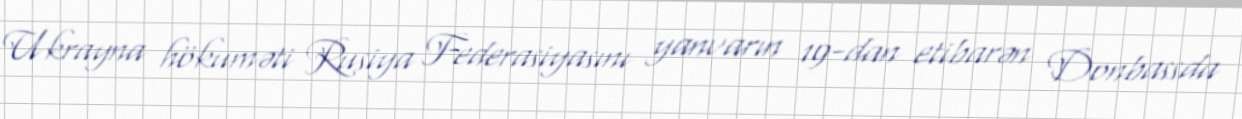
Ukrayna hökuməti Rusiya Federasiyasını yanvarın 19-dan etibarən Donbassda